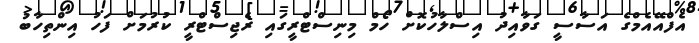
އެފްއޭއެމްގެ އަސާސީ ގަވާއިދު އިސްލާހުކޮށް ހޯމް މިނިސްޓްރީގައި ރެޖިސްޓްރީ ކުރުމަށް ފަހު އިންތިހާބު